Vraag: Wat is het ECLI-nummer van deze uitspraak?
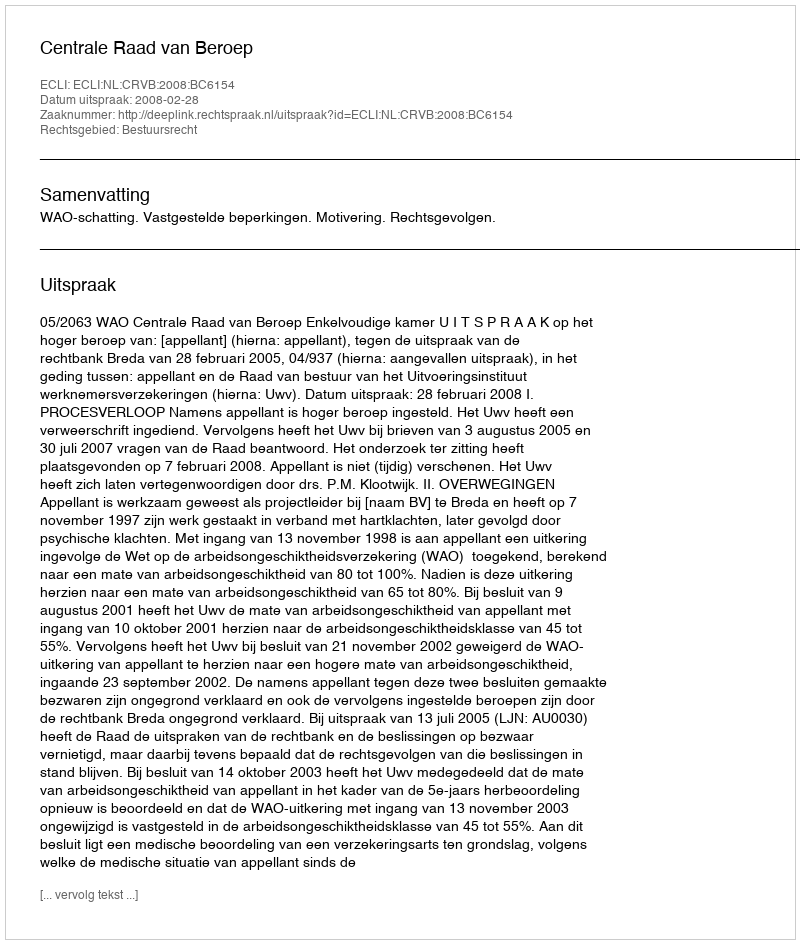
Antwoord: ECLI:NL:CRVB:2008:BC6154